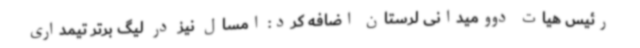
رئیس هیات دوومیدانی لرستان اضافه کرد: امسال نیز در لیگ برتر تیمداری